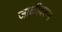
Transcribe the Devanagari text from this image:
जाळीवरून